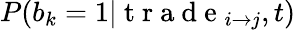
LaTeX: P(b_{k}=1|\mathrm{~t~r~a~d~e~}_{i\to j},t)